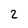
Character: 2